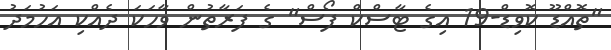
"ތޮއްޑޫ ކޮވިޑް-19 އިގެ ޓާސްކް ފޯސް" ގެ ފަރާތުން ވާހަކަ ދެއްކި އަހުމަދު